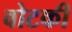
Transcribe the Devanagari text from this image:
वोटकी